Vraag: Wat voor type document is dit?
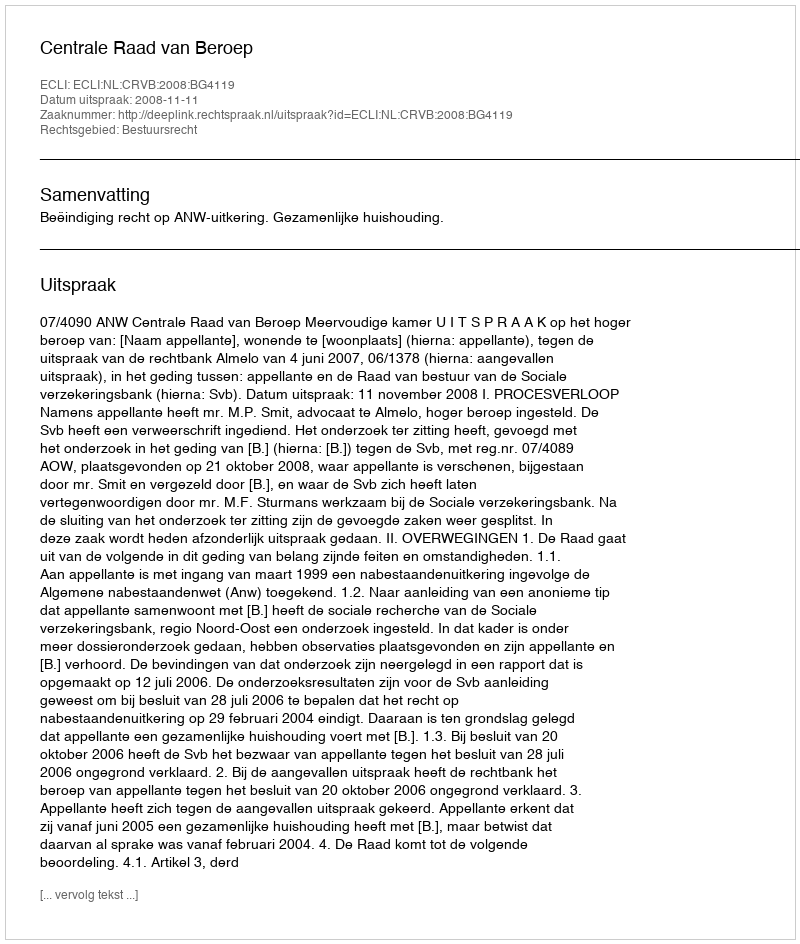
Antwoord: Uitspraak